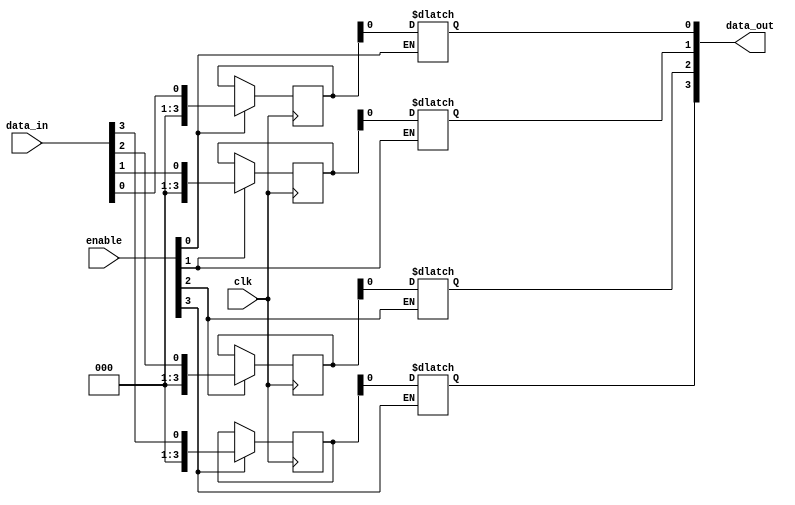
module bypass_register(
  input wire clk,
  input wire [3:0] enable,
  input wire [3:0] data_in,
  output reg [3:0] data_out
);

reg [3:0] reg1, reg2, reg3, reg4;

always @(posedge clk) begin
  if(enable[0] == 1'b1) begin
    reg1 <= data_in[0];
  end

  if(enable[1] == 1'b1) begin
    reg2 <= data_in[1];
  end

  if(enable[2] == 1'b1) begin
    reg3 <= data_in[2];
  end

  if(enable[3] == 1'b1) begin
    reg4 <= data_in[3];
  end
end

always @(*) begin
  if(enable[0] == 1'b1) begin
    data_out[0] = reg1;
  end

  if(enable[1] == 1'b1) begin
    data_out[1] = reg2;
  end

  if(enable[2] == 1'b1) begin
    data_out[2] = reg3;
  end

  if(enable[3] == 1'b1) begin
    data_out[3] = reg4;
  end
end

endmodule